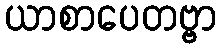
ယာစာပေတဗ္ဗာ